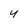
Character: 4